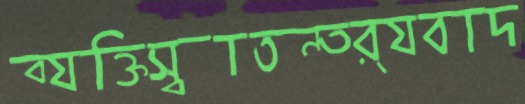
ব্যক্তিস্বাতন্ত্র্যবাদ